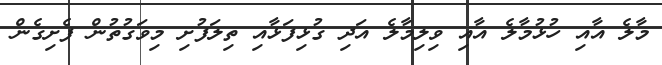
މާލެ އާއި ހުޅުމާލެ އާއި ވިލިމާލެ އަދި ގުޅިފަޅާއި ތިލަފުށި މިވަގުތުން ފެށިގެން